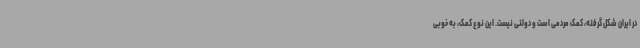
در ایران شکل گرفته، کمک مردمی است و دولتی نیست. این نوع کمک، به خوبی